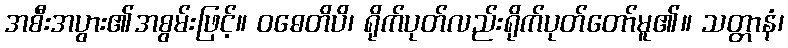
အစီးအပွား၏အစွမ်းဖြင့်။ ဝဓေတိပိ၊ ရိုက်ပုတ်လည်းရိုက်ပုတ်တော်မူ၏။ သတ္တာနံ၊